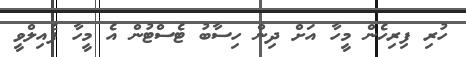
ހުރި ފިރިހެން މީހާ އަށް ދިން ހިސާބު ޓެސްޓުން އެ މީހާ ފެއިލްވީ